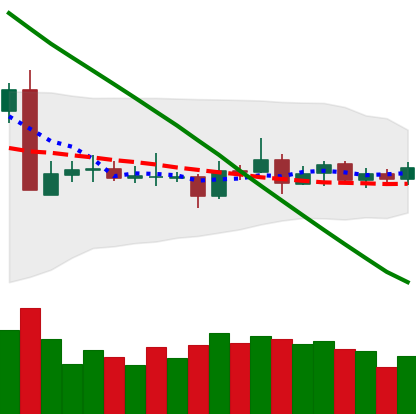
Ticker: ETC-USD
Chart end date: 2019-03-14
Forward return: 7.27%
Label: up_7plus